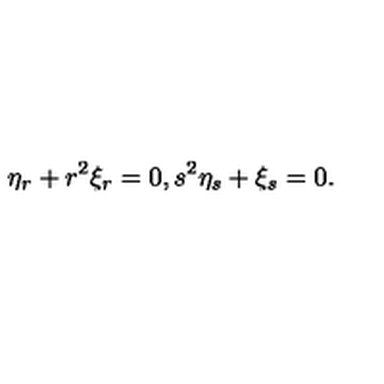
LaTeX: \eta _ { r } + r ^ { 2 } \xi _ { r } = 0 , s ^ { 2 } \eta _ { s } + \xi _ { s } = 0 .